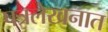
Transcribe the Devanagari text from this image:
पत्रलेखनात